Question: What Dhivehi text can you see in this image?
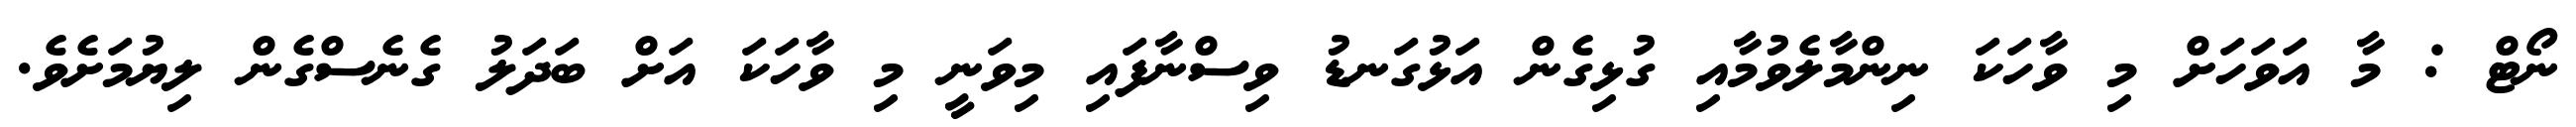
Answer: ނޯޓް : މާ އަވަހަށް މި ވާހަކަ ނިންމާލެވުމާއި ގުޅިގެން އަޅުގަނޑު ވިސްނާފައި މިވަނީ މި ވާހަކަ އަށް ބަދަލު ގެނެސްގެން ލިޔުމަށެވެ.